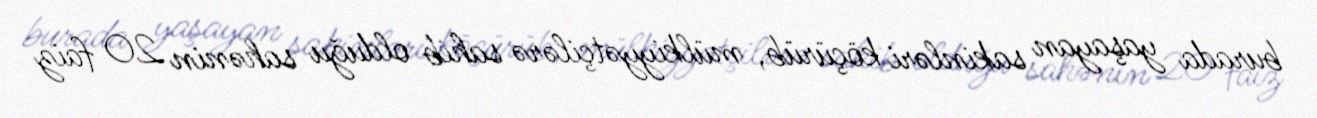
burada yaşayan sakinləri köçürüb, mülkiyyətçilərə sahib olduğu sahənin 20 faiz